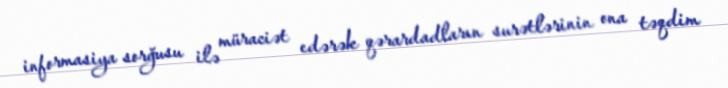
informasiya sorğusu ilə müraciət edərək qərardadların surətlərinin ona təqdim